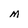
Character: M